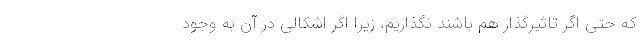
که حتی اگر تاثیرگذار هم باشند نگذاریم، زیرا اگر اشکالی در آن به وجود